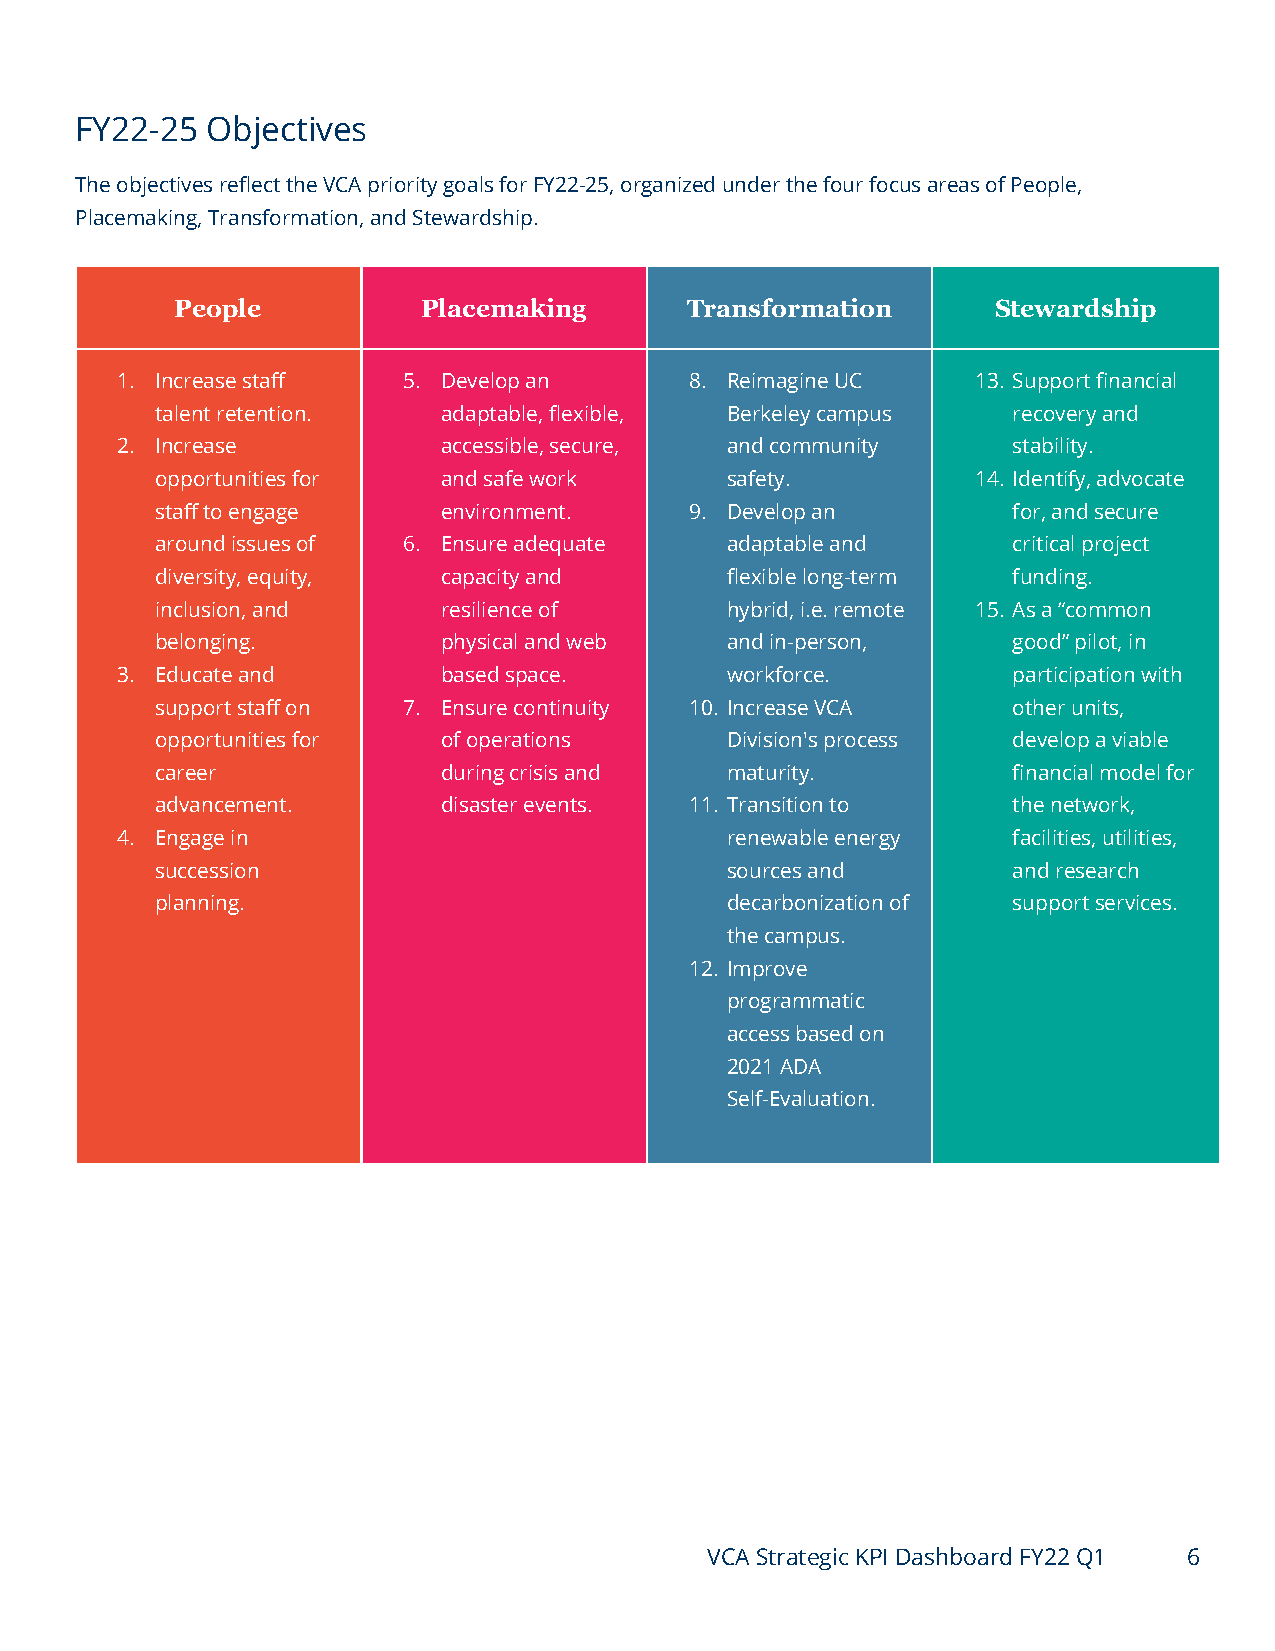
FY22-25  Objectives
 The objectives reflect the VCA priority goals for FY22-25, organized under the four focus areas of People,
 Placemaking, Transformation, and Stewardship.
 People          Placemaking      Transformation       Stewardship
 1. Increase staff  5. Develop an      8. Reimagine UC    13. Support financial
 talent retention.  adaptable, flexible, Berkeley campus  recovery and
 2. Increase          accessible, secure, and community     stability.
 opportunities for  and safe work      safety.          14. Identify, advocate
 staff to engage    environment.     9. Develop an        for, and secure
 around issues of 6. Ensure adequate   adaptable and      critical project
 diversity, equity, capacity and       flexible long-term funding.
 inclusion, and     resilience of      hybrid, i.e. remote 15. As a “common
 belonging.         physical and web   and in-person,     good” pilot, in
 3. Educate and       based space.       workforce.         participation with
 support staff on 7. Ensure continuity 10. Increase VCA   other units,
 opportunities for  of operations      Division's process develop a viable
 career             during crisis and  maturity.          financial model for
 advancement.       disaster events. 11. Transition to    the network,
 4. Engage in                            renewable energy   facilities, utilities,
 succession                            sources and        and research
 planning.                             decarbonization of support services.
 the campus.
 12. Improve
 programmatic
 access based on
 2021 ADA
 Self-Evaluation.
 VCA Strategic KPI Dashboard FY22 Q1 6